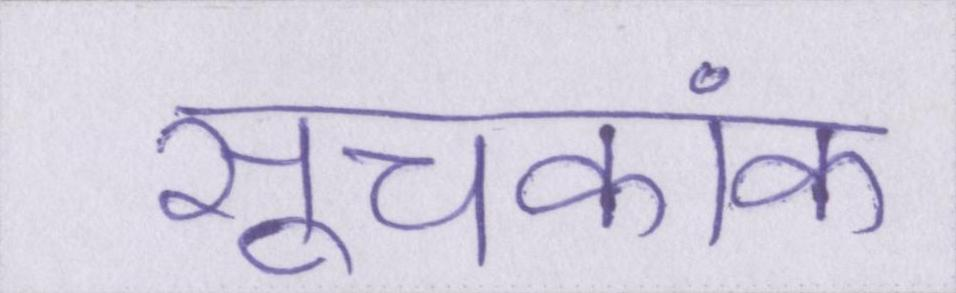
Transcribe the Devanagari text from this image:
सूचकांक